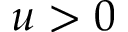
u > 0